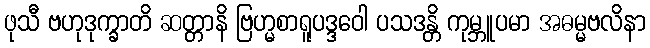
ဖုသီ ဗဟုဒုက္ခာတိ ဆတ္တာနိ ဗြဟ္မစာရူပဒ္ဒဝေါ ပသဒန္တိ ကုမ္ဘူပမာ အဓမ္မဗလိနာ